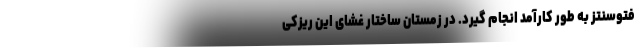
فتوسنتز به طور کارآمد انجام گیرد. در زمستان ساختار غشای این ریزکی